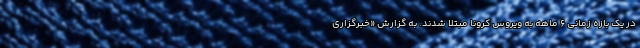
در یک بازه زمانی ۶ ماهه به ویروس کرونا مبتلا شدند. به گزارش «خبرگزاری